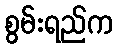
စွမ်းရည်က